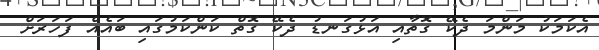
އެކަމަކު މަންމަ ދެކޭ ގޮތާއި އަޅުގަނޑު ދެކޭ ގޮތް ކަންކަމުގައި ބައެއް ފަހަރަށް